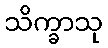
သိက္ခာသု